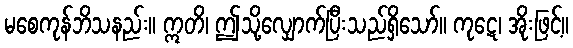
မစေကုန်ဘိသနည်း။ ဣတိ၊ ဤသို့လျှောက်ပြီးသည်ရှိသော်။ ကုဋေ၊ အိုးဖြင့်။